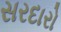
સરદારો